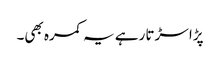
پڑا سڑتا رہے یہ کمرہ بھی۔